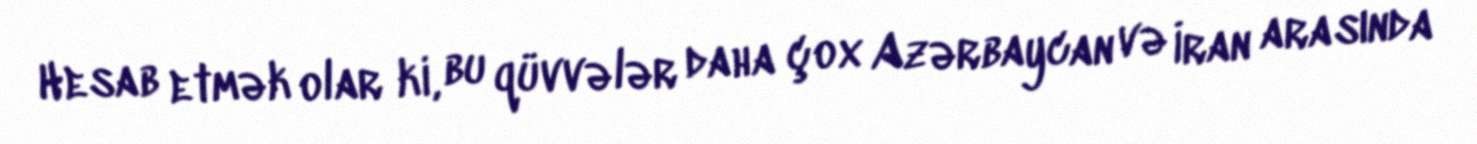
Hesab etmək olar ki, bu qüvvələr daha çox Azərbaycan və İran arasında